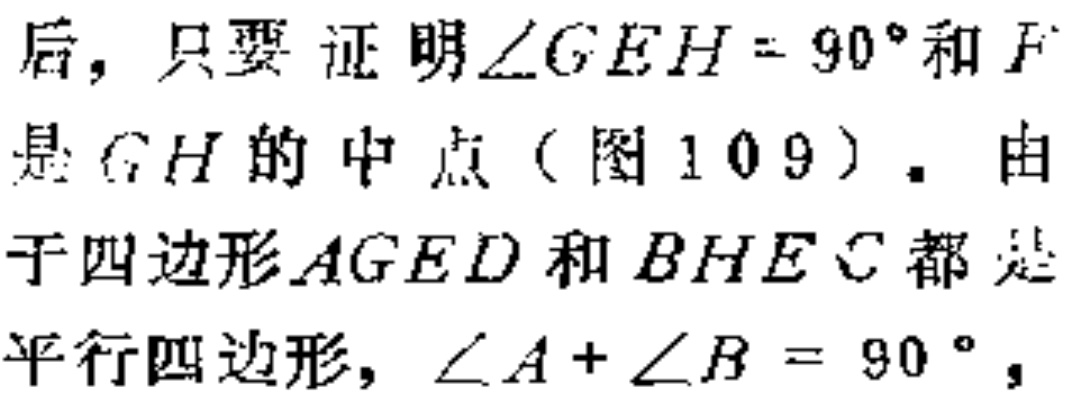
后，只要证明\(\angle GEH = 90^{\circ}\)和\(F\)是\(GH\)的中点（图109）. 由于四边形\(AGED\)和\(BHEC\)都是平行四边形, \(\angle A+\angle B = 90^{\circ}\)，